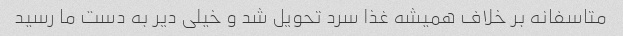
متاسفانه بر خلاف همیشه غذا سرد تحویل شد و خیلی دیر به دست ما رسید